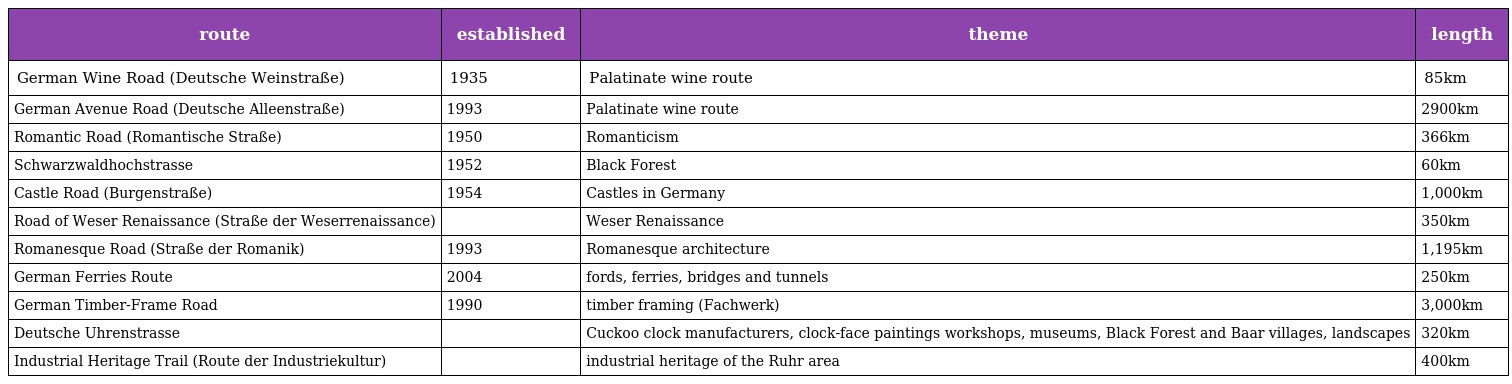
| route | established | theme | length |
 | --- | --- | --- | --- |
 | German Wine Road (Deutsche Weinstraße) | 1935 | Palatinate wine route | 85km |
 | German Avenue Road (Deutsche Alleenstraße) | 1993 | Palatinate wine route | 2900km |
 | Romantic Road (Romantische Straße) | 1950 | Romanticism | 366km |
 | Schwarzwaldhochstrasse | 1952 | Black Forest | 60km |
 | Castle Road (Burgenstraße) | 1954 | Castles in Germany | 1,000km |
 | Road of Weser Renaissance (Straße der Weserrenaissance) |  | Weser Renaissance | 350km |
 | Romanesque Road (Straße der Romanik) | 1993 | Romanesque architecture | 1,195km |
 | German Ferries Route | 2004 | fords, ferries, bridges and tunnels | 250km |
 | German Timber-Frame Road | 1990 | timber framing (Fachwerk) | 3,000km |
 | Deutsche Uhrenstrasse |  | Cuckoo clock manufacturers, clock-face paintings workshops, museums, Black Forest and Baar villages, landscapes | 320km |
 | Industrial Heritage Trail (Route der Industriekultur) |  | industrial heritage of the Ruhr area | 400km |